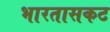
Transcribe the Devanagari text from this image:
भारतासकट